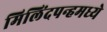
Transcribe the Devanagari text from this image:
मिलिंदपन्हमध्ये